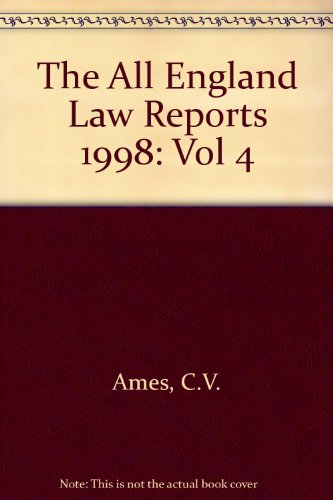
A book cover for The All England Law Reports 1998: Vol 4; C.V. Ames; Law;